Vaccination in Bombay 1874-1876 - 1874-1876
Year: 1874
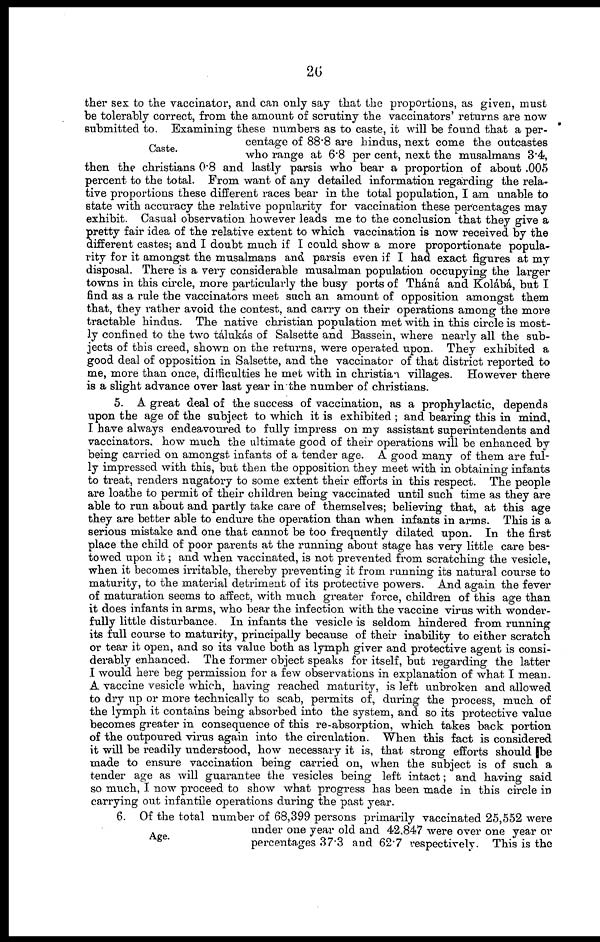
26
Caste.
ther sex to the vaccinator, and can only say that the proportions, as given, must
be tolerably correct, from the amount of scrutiny the vaccinators' returns are now
submitted to. Examining these numbers as to caste, it will be found that a per-
centage of 88.8 are hindus, next come the outcastes
who range at 6.8 per cent, next the musalmans 3.4,
then the Christians 0.8 and lastly parsis who bear a proportion of about .005
percent to the total. From want of any detailed information regarding the rela-
tive proportions these different races bear in the total population, I am unable to
state with accuracy the relative popularity for vaccination these percentages may
exhibit. Casual observation however leads me to the conclusion that they give a
pretty fair idea of the relative extent to which vaccination is now received by the
different castes; and I doubt much if I could show a more proportionate popula-
rity for it amongst the musalmans and parsis even if I had exact figures at my
disposal. There is a very considerable musalman population occupying the larger
towns in this circle, more particularly the busy ports of Tháná and Kolábá, but I
find as a rule the vaccinators meet such an amount of opposition amongst them
that, they rather avoid the contest, and carry on their operations among the more
tractable hindus. The native Christian population met with in this circle is most-
ly confined to the two tálukás of Salsette and Bassein, where nearly all the sub-
jects of this creed, shown on the returns, were operated upon. They exhibited a
good deal of opposition in Salsette, and the vaccinator of that district reported to
me, more than once, difficulties he met with in Christian villages. However there
is a slight advance over last year in the number of Christians.
5. A great deal of the success of vaccination, as a prophylactic, depends
upon the age of the subject to which it is exhibited ; and bearing this in mind,
I have always endeavoured to fully impress on my assistant superintendents and
vaccinators. how much the ultimate good of their operations will be enhanced by
being carried on amongst infants of a tender age. A good many of them are ful-
ly impressed with this, but then the opposition they meet with in obtaining infants
to treat, renders nugatory to some extent their efforts in this respect. The people
are loathe to permit of their children being vaccinated until such time as they are
able to run about and partly take care of themselves; believing that, at this age
they are better able to endure the operation than when infants in arms. This is a
serious mistake and one that cannot be too frequently dilated upon. In the first
place the child of poor parents at the running about stage has very little care bes-
towed upon it; and when vaccinated, is not prevented from scratching the vesicle,
when it becomes irritable, thereby preventing it from running its natural course to
maturity, to the material detriment of its protective powers. And again the fever
of maturation seems to affect, with much greater force, children of this age than
it does infants in arms, who bear the infection with the vaccine virus with wonder-
fully little disturbance. In infants the vesicle is seldom hindered from running
its full course to maturity, principally because of their inability to either scratch
or tear it open, and so its value both as lymph giver and protective agent is consi-
derably enhanced. The former object speaks for itself, but regarding the latter
I would here beg permission for a few observations in explanation of what I mean.
A vaccine vesicle which, having reached maturity, is left unbroken and allowed
to dry up or more technically to scab, permits of, during the process, much of
the lymph it contains being absorbed into the system, and so its protective value
becomes greater in consequence of this re-absorption, which takes back portion
of the outpoured virus again into the circulation. When this fact is considered
it will be readily understood, how necessary it is, that strong efforts should be
made to ensure vaccination being carried on, when the subject is of such a
tender age as will guarantee the vesicles being left intact; and having said
so much, I now proceed to show what progress has been made in this circle in
carrying out infantile operations during the past year.
Age.
6. Of the total number of 68,399 persons primarily vaccinated 25,552 were
under one year old and 42,847 were over one year or
percentages 37.3 and 62.7 respectively. This is the